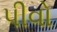
પીવો